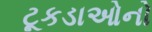
ટૂકડાઓનો